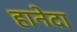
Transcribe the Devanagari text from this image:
हानेदा